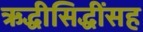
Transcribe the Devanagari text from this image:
ऋद्धीसिद्धींसह